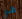
هو